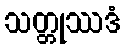
သတ္တုဿဒံ